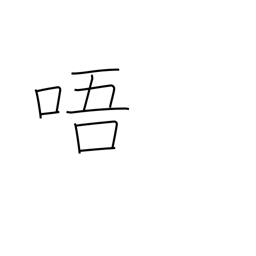
Meaning: reading voice